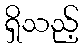
ရှိသည့်